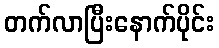
တက်လာပြီးနောက်ပိုင်း